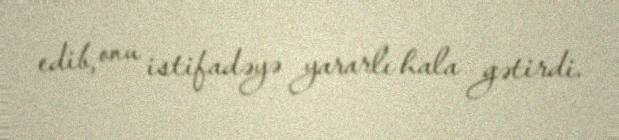
edib, onu istifadəyə yararlı hala gətirdi.